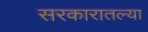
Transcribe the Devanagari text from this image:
सरकारातल्या